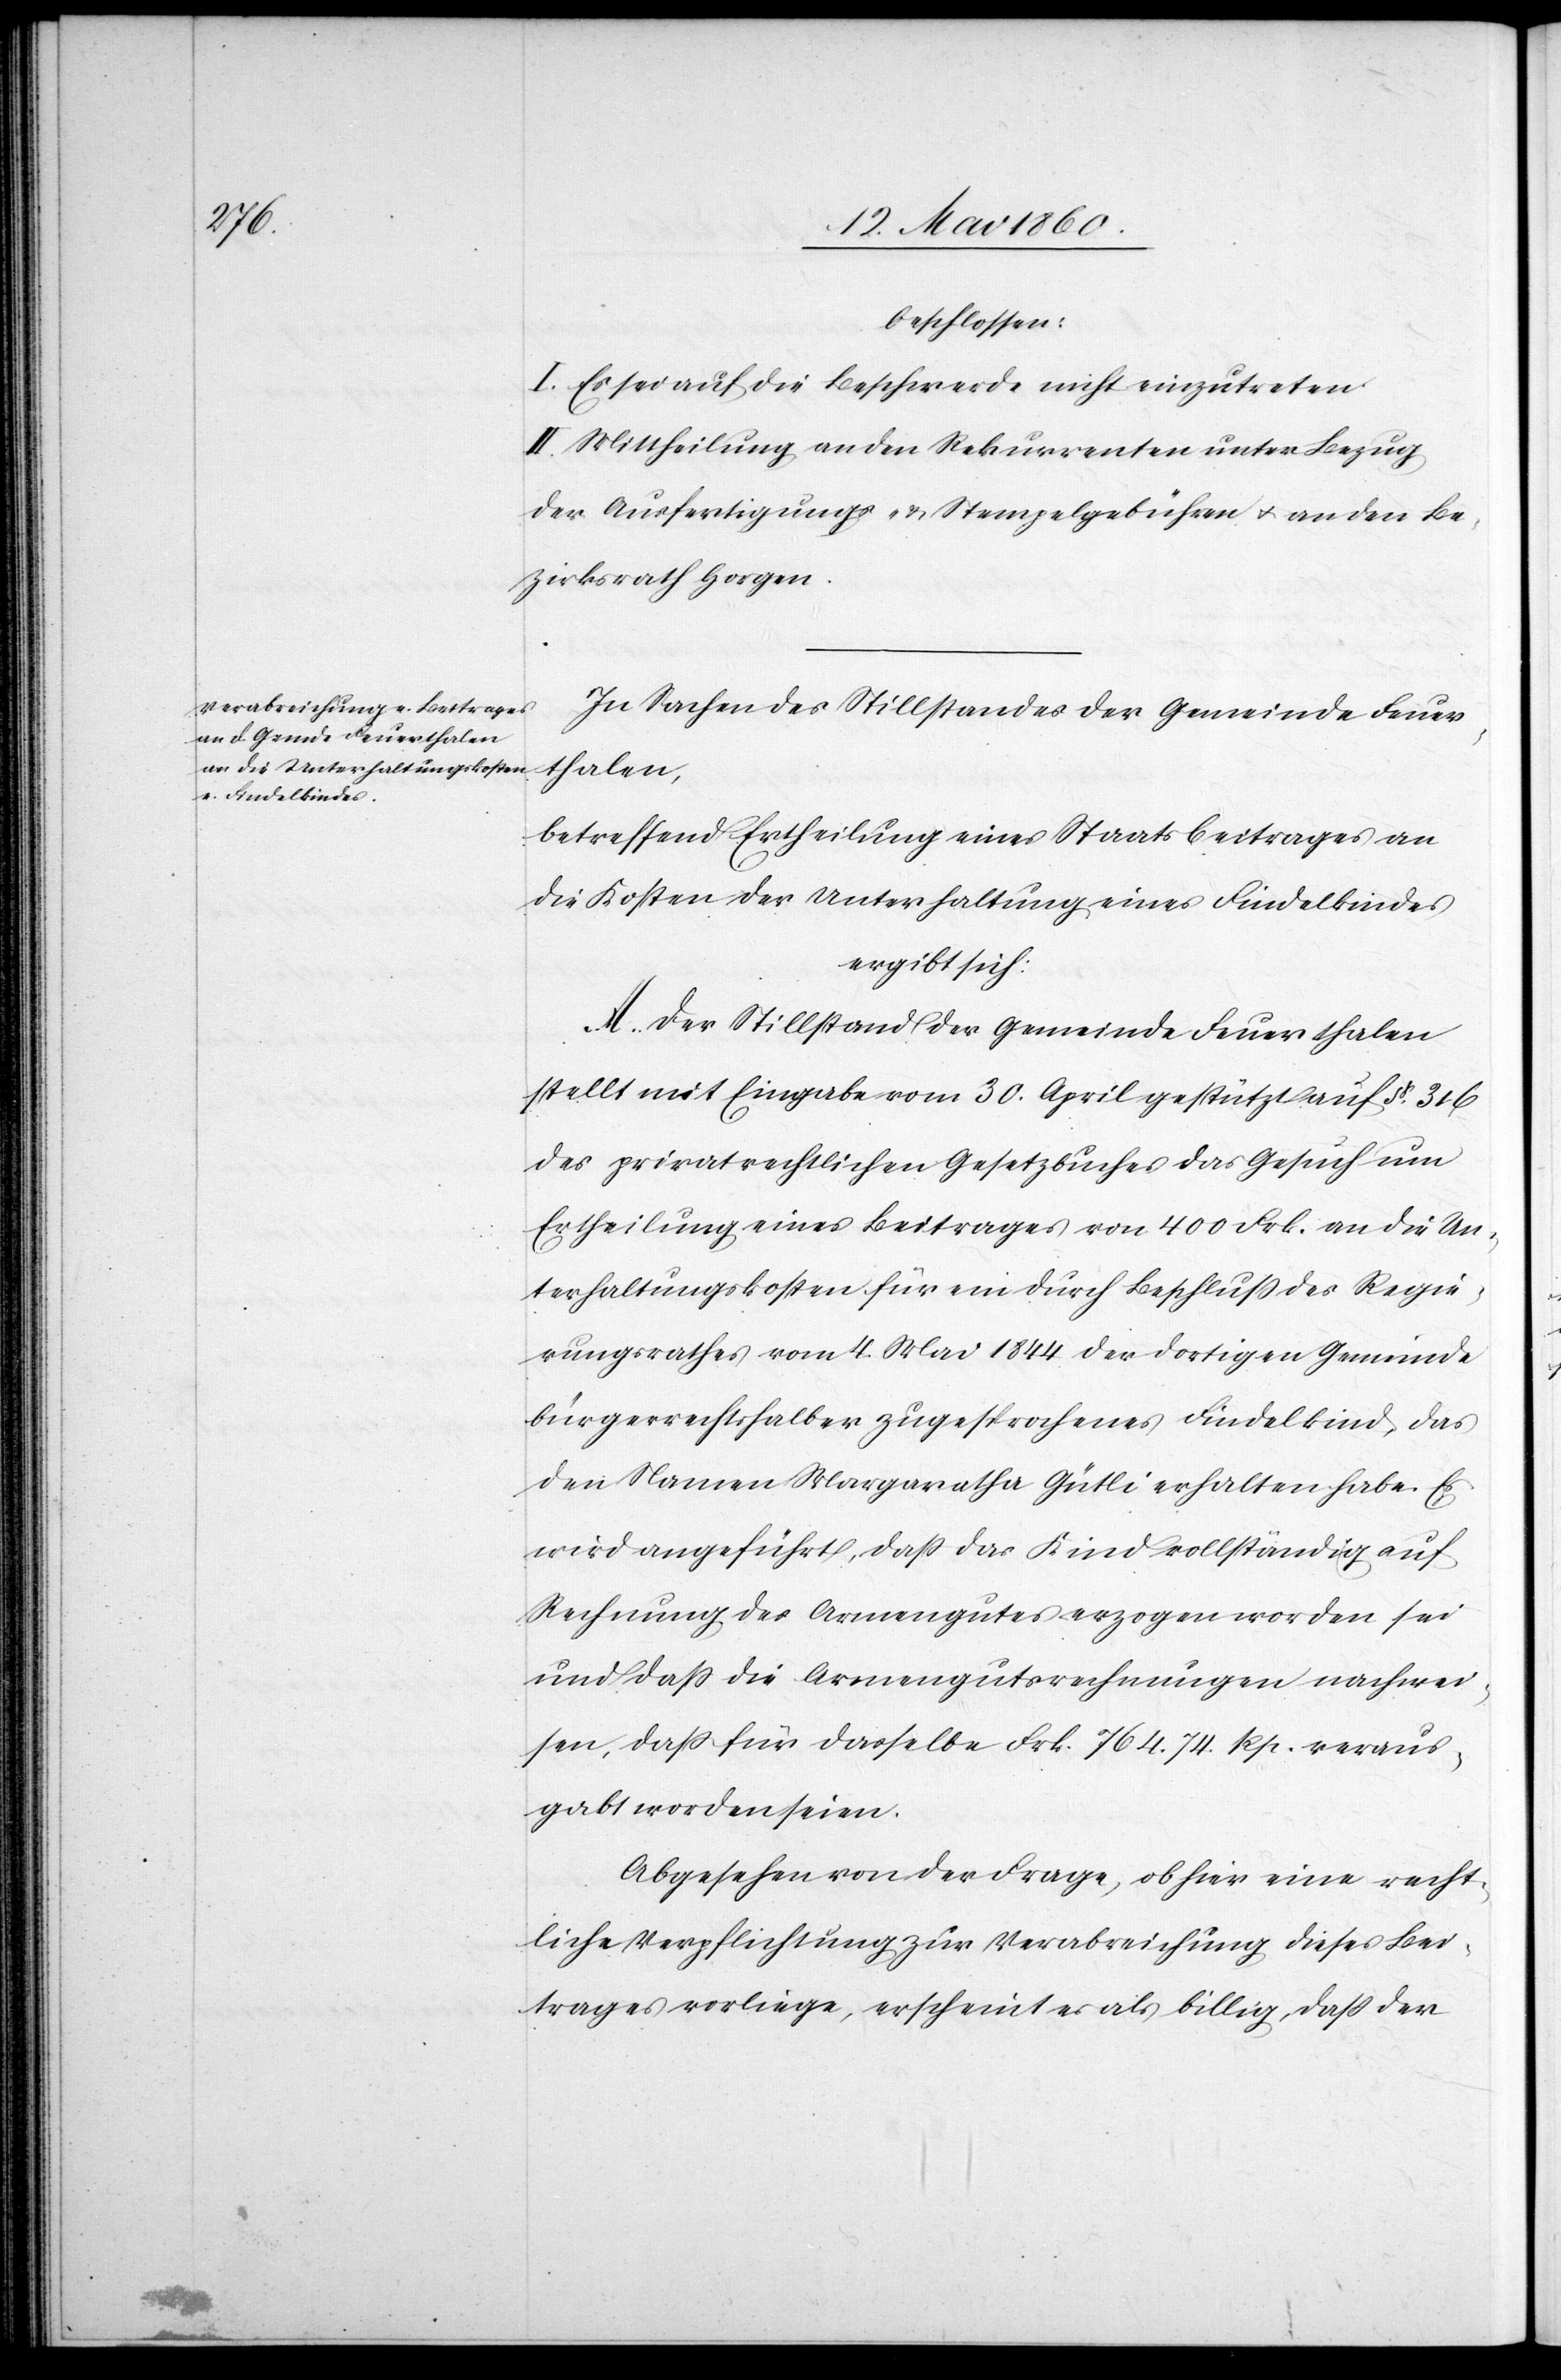
beschlossen:
I. Es sei auf die Beschwerde nicht einzutreten.
II. Mittheilung an den Rekurrenten unter Bezug
der Ausfertigungs- u. Stempelgebühren u. an den Be¬
zirksrath Horgen.
In Sachen des Stillstandes der Gemeinde Feuer¬
thalen,
betreffend Ertheilung eines Staatsbeitrages an
die Kosten der Unterhaltung eines Findelkindes
ergibt sich:
A. Der Stillstand der Gemeinde Feuerthalen
stellt mit Eingabe vom 30. April gestützt auf §. 316
des privatrechtlichen Gesetzbuches das Gesuch um
Ertheilung eines Beitrages von 400 Frk. an die Un¬
terhaltungskosten für ein durch Beschluss des Regie¬
rungsrathes vom 4. Mai 1844 der dortigen Gemeinde
bürgerrechtshalber zugesprochenes Findelkind, das
den Namen Margaratha [sic!] Gütli erhalten habe. Es
wird angeführt, dass das Kind vollständig auf
Rechnung des Armengutes erzogen worden sei
und dass die Armengutsrechnungen nachwei¬
sen, dass für dasselbe Frk. 764. 74. Rp. veraus¬
gabt worden seien.
Abgesehen von der Frage, ob hier eine recht¬
liche Verpflichtung zur Verabreichung dieses Bei¬
trages vorliege, erscheint es als billig, daß der